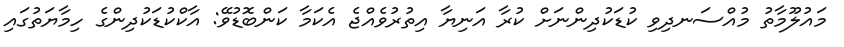
މައުލޫމާތު މުއްސަނދިވި ކުޑަކުދިންނަށް ކުރާ އަނިޔާ އިތުރުވެއްޖެ އެކަމާ ކަންބޮޑުވޭ: އާކްކުޑަކުދިންގެ ހިމާޔަތުގައި